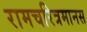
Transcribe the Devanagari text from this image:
रामचरित्रमानस